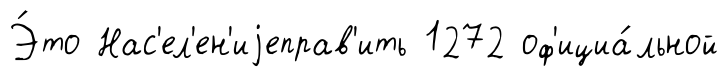
Э́то Нас'ел'ен'иjеправ'ить 1272 оф'ициа́льной